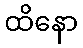
ထိနော